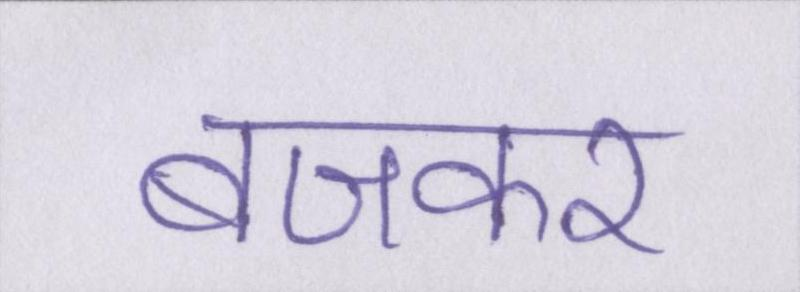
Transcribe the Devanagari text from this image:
बजकर